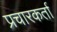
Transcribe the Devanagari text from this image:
प्रचारकर्ता